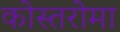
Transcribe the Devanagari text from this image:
कोस्तरोमा